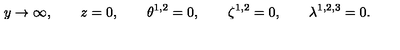
y \rightarrow \infty , \qquad z = 0 , \qquad \theta ^ { 1 , 2 } = 0 , \qquad \zeta ^ { 1 , 2 } = 0 , \qquad \lambda ^ { 1 , 2 , 3 } = 0 .